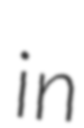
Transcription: in